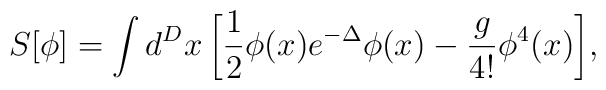
S[\phi]=\int d^Dx\,\biggl[   \frac{1}{2}\phi(x)e^{-\Delta}\phi(x)   -\frac{g}{4!}\phi^4(x)\biggr],